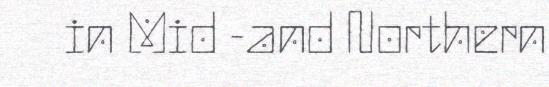
in Mid -and Northern